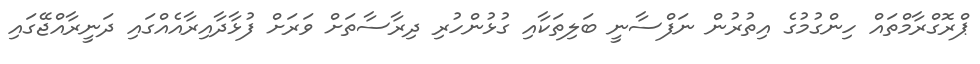
ޕްރޮގްރާމްތައް ހިންގުމުގެ އިތުރުން ނަފްސާނީ ބަލިތަކާއި ގުޅުންހުރި ދިރާސާތަށް ވަރަށް ފުޅާދާއިރާއެއްގައި ދަނީރާއްޖޭގައި